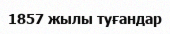
1857 жылы туғандар